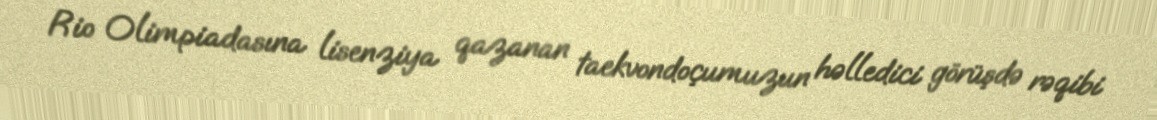
Rio Olimpiadasına lisenziya qazanan taekvondoçumuzun həlledici görüşdə rəqibi